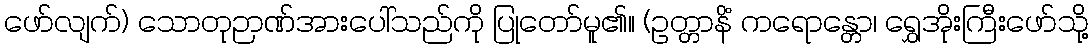
ဖော်လျက်) သောတုဉာဏ်အားပေါ်သည်ကို ပြုတော်မူ၏။ (ဥတ္တာနိံ ကရောန္တော၊ ရွှေအိုးကြီးဖော်သို့